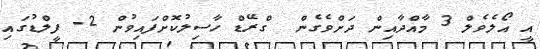
އީ އޯލެވެލް 3 މާއްދާއިން ދަށްވެގެން  ގްރޭޑް ހާސިލުކޮށްފައިވުން 2- ފީލްޑުގައި